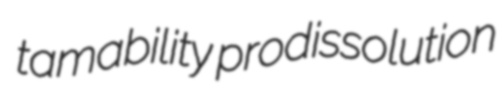
tamability prodissolution